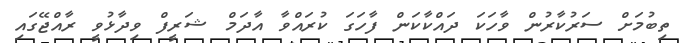
ތިބުމަށް ސަރުކާރުން ވާހަކަ ދައްކާކަން ފާހަގަ ކުރައްވާ އާދަމް ޝަރީފް ވިދާޅުވީ ރާއްޖޭގައި